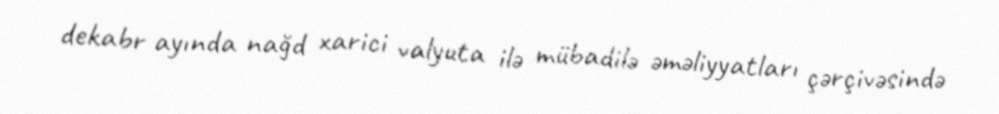
dekabr ayında nağd xarici valyuta ilə mübadilə əməliyyatları çərçivəsində